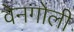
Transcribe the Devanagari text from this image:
वेनगोली